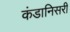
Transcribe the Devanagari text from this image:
कंडानिसरी